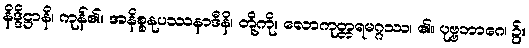
နိဒ္ဒိဋ္ဌာနိ၊ ကုန်၏။ အနိစ္စနုပဿနာဒီနိ၊ တို့ကို။ လောကုတ္တရမဂ္ဂဿ၊ ၏။ ပုဗ္ဗဘာဂေ၊ ၌။